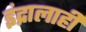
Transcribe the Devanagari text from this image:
इंद्रालाही